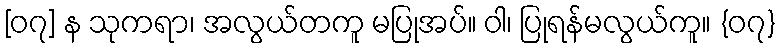
[၀၇] န သုကရာ၊ အလွယ်တကူ မပြုအပ်။ ဝါ၊ ပြုရန်မလွယ်ကူ။ {၀၇}